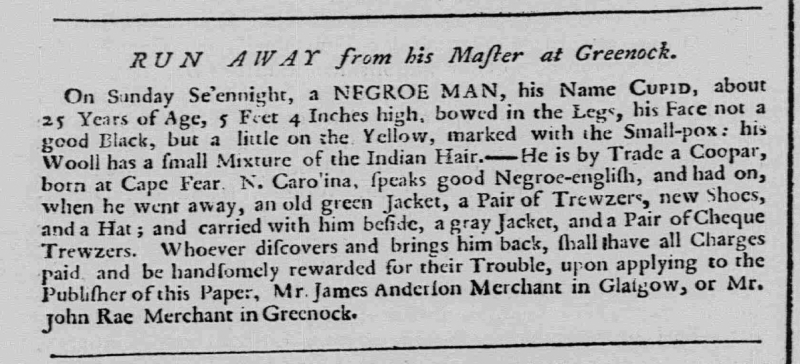
Caledonian Mercury, 31 August 1756 (Scotland)
           RUN AWAY from his Master at Greenock.On Sunday Se’ennight, a NEGROE MAN, his Name Cupid, about 25 Years of Age, 5 Feet 4 Inches, bowed in the Legs, his Face not a good Black, but a little on the Yellow, marked with the Small-pox: his Wooll has a small Mixture of the Indian Hair. – He is by Trade a Coopar, born at Cape Fear N. Carolina, speaks good Negroe-english, and had on, when he went away, an old green Jacket, a Pair of Trewzers, new Shoes, and a Hat; and carried with him beside, a gray Jacket, and a Pair of Cheque Trewzers. Whoever discovers and brings him back, shall have all Charges paid and be handsomely rewarded for their Trouble, upon applying to the Publisher of this Paper, Mr. James Anderson Merchant in Glasgow, or Mr. John Rae Merchant in Greenock.